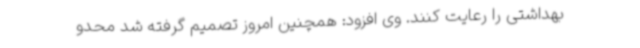
بهداشتی را رعایت کنند. وی افزود: همچنین امروز تصمیم گرفته شد محدو